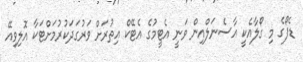
ޑެފޯގެ މި ގޯލާއެކީ އާސެނަލްއިން ވަނީ އެޓީމުގެ އެޓޭކް އިތުރަށް ވަރުގަދަކުރުމަށްޓަކާ އޮލިވިއޭ